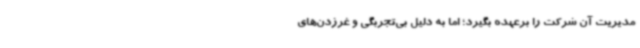
مدیریت آن شرکت را برعهده بگیرد؛ اما به دلیل بی‌تجربگی و غرزدن‌های